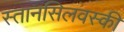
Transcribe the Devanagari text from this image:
स्तानसिलवस्की